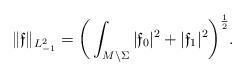
LaTeX: \begin{align*}\|\mathfrak{f}\|_{L^2_{-1}}=\bigg(\int_{M\setminus\Sigma}|\mathfrak{f}_0|^2+|\mathfrak{f}_1|^2\bigg)^{\frac{1}{2}}.\end{align*}